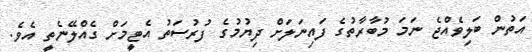
އަތުން ބަލިވެއްޖެ ނަމަ މުބާރާތުގެ ފައިނަލަށް ދިޔުމުގެ ފުރުސަތު އެޓީމަށް ގެއްލޭނެތީ އެވެ.